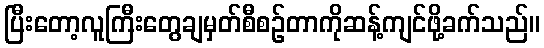
ပြီးတော့လူကြီးတွေချမှတ်စီစဉ်တာကိုဆန့်ကျင်ဖို့ခက်သည်။